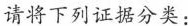
请将下列证据分类：